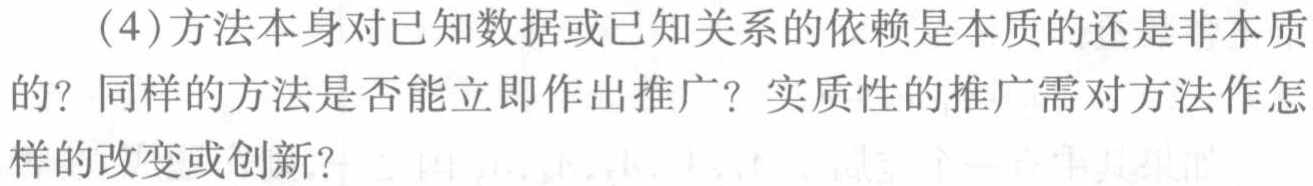
(4)方法本身对已知数据或已知关系的依赖是本质的还是非本质的？同样的方法是否能立即作出推广？实质性的推广需对方法作怎样的改变或创新？